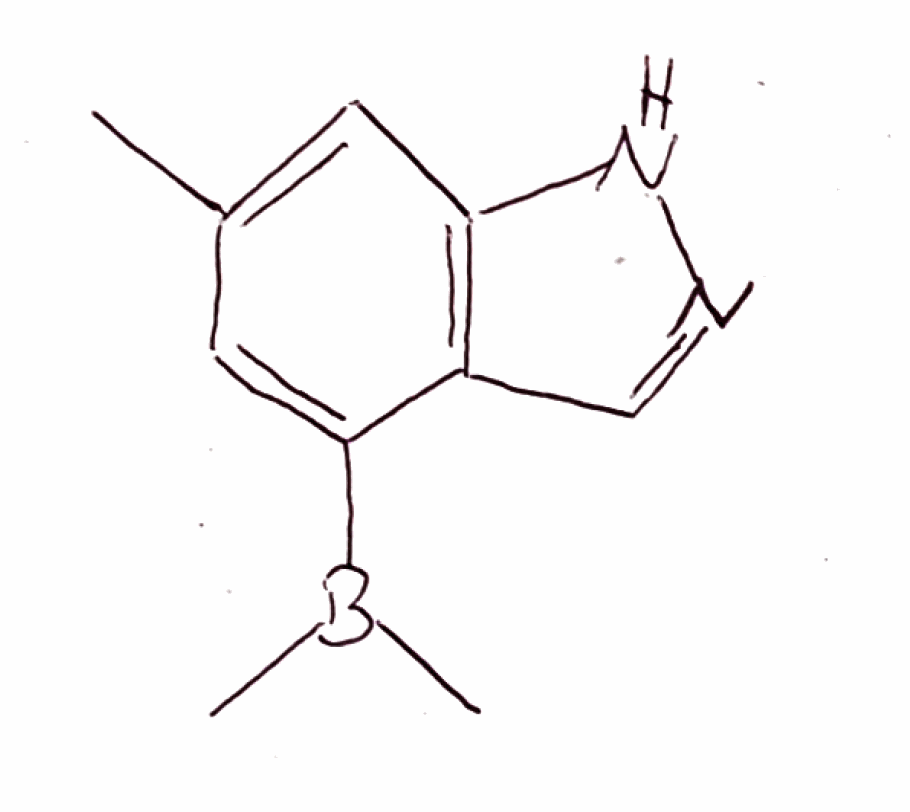
Simplified molecular-input line-entry system (SMILES) notation of the given molecule:
B(C)(C)C1=CC(=CC2=C1C=NN2)C